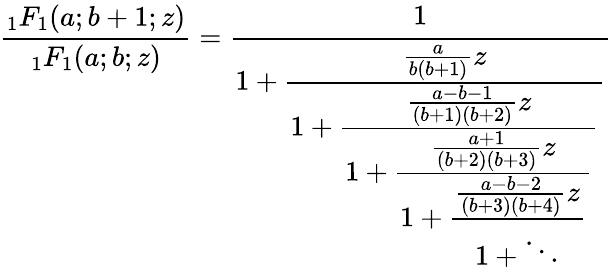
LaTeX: {\frac{_{1}F_{1}(a;b+1;z)}{_{1}F_{1}(a;b;z)}}={\cfrac{1}{1+{\cfrac{{\frac{a}{b(b+1)}}z}{1+{\cfrac{{\frac{a-b-1}{(b+1)(b+2)}}z}{1+{\cfrac{{\frac{a+1}{(b+2)(b+3)}}z}{1+{\cfrac{{\frac{a-b-2}{(b+3)(b+4)}}z}{1+\ddots}}}}}}}}}}